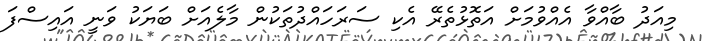
މިއަދު ބާއްވާ އެއްވުމަށް އަތޮޅުތެރޭ އެކި ސަރަހައްދުތަކުން މާލެއަށް ބަޔަކު ވަނީ އައިސްފަ